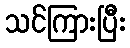
သင်ကြားပြီး